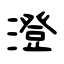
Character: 澄